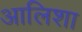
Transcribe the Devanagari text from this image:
आलिशा